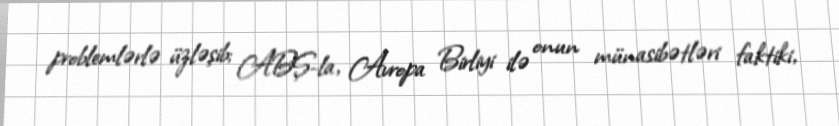
problemlərlə üzləşib; ABŞ-la, Avropa Birliyi ilə onun münasibətləri faktiki,